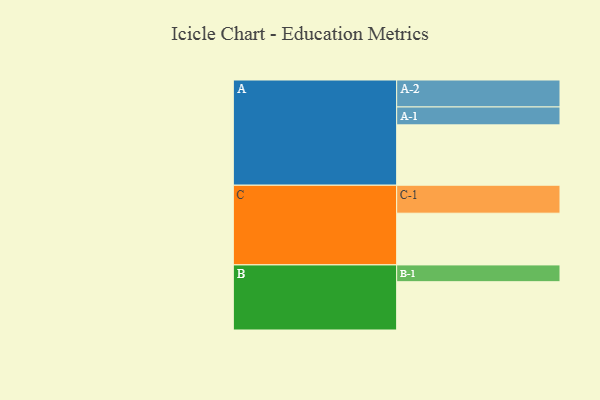
{"axis": {"x": "Segment", "y": "Value"}, "legend": ["", "A", "B", "C"], "data": [{"x": "A", "y": 600, "type": ""}, {"x": "B", "y": 480, "type": ""}, {"x": "C", "y": 514, "type": ""}, {"x": "A-1", "y": 178, "type": "A"}, {"x": "A-2", "y": 268, "type": "A"}, {"x": "B-1", "y": 167, "type": "B"}, {"x": "C-1", "y": 278, "type": "C"}]}